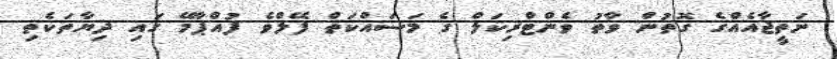
ނަތީޖާއެއްގެ ގޮތުން ވާތު ވެންޓްރިކަލް ގެ މަސައްކަތް ފޭލްވެ ފުއްޕާމޭ ގައި ދިޔާތަކެތި